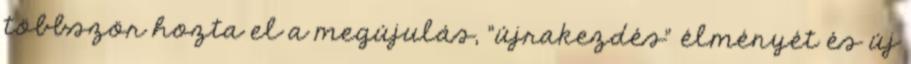
többször hozta el a megújulás, "újrakezdés" élményét és új